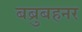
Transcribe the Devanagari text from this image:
बब्रुबहनर